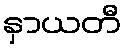
နှာယတီ